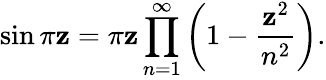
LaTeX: \sin\pi\mathbf{z}=\pi\mathbf{z}\prod_{n=1}^{\infty}\left(1-{\frac{{\mathbf{z}^{2}}}{{n^{2}}}}\right).